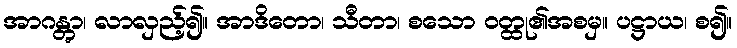
အာဂန္တွာ၊ လာလှည့်၍။ အာဒိတော၊ သီတာ၊ စသော ဝတ္ထု၏အစမှ။ ပဋ္ဌာယ၊ စ၍။